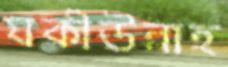
যকীউল্লাহ